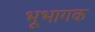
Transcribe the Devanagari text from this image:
भूभागक